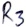
Text: R3